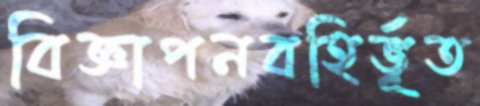
বিজ্ঞাপনবহির্ভূত